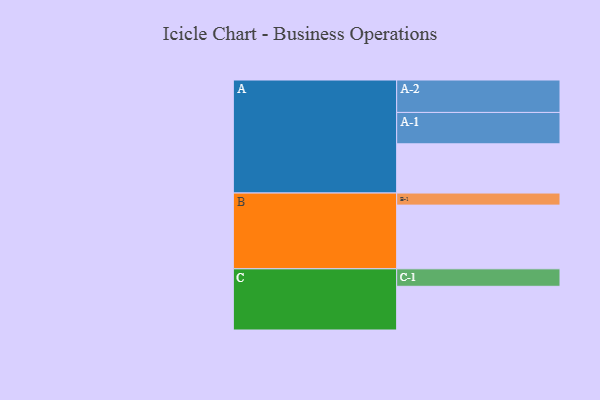
{"axis": {"x": "Segment", "y": "Value"}, "legend": ["", "A", "B", "C"], "data": [{"x": "A", "y": 428, "type": ""}, {"x": "B", "y": 554, "type": ""}, {"x": "C", "y": 380, "type": ""}, {"x": "A-1", "y": 273, "type": "A"}, {"x": "A-2", "y": 282, "type": "A"}, {"x": "B-1", "y": 105, "type": "B"}, {"x": "C-1", "y": 152, "type": "C"}]}